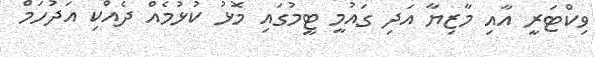
ވިކްޓަރީ އާއި މާޒިޔާ އަދި ގައުމީ ޓީމުގައި މޮޅު ކުޅުމެއް ދެއްކި އަދުހަމް